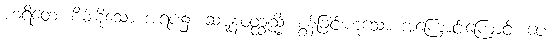
ဟရိတေ၊ စိမ်းစိုသော အရပ်၌။ ဆဋ္ဋနဝတ္ထုသ္မိံ၊ စွန့်ခြင်းဟူသော အကြောင်းကြောင့်။ ပေ။